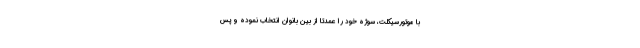
با موتورسیکلت، سوژه خود را عمدتاً از بین بانوان انتخاب نموده و پس